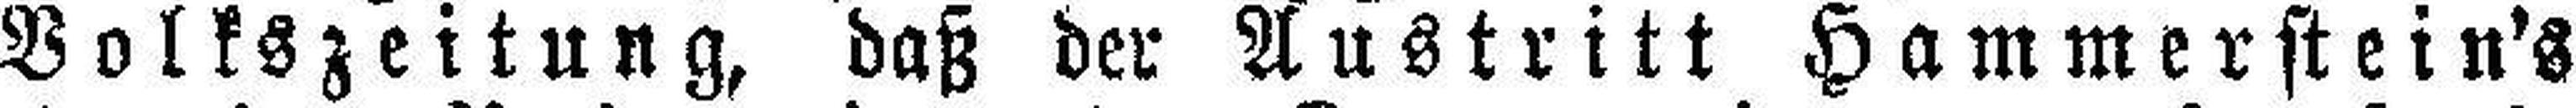
Volkszeitung, daß der Austritt Hammerstein's